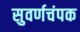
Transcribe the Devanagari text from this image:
सुवर्णचंपक